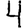
Digit: 4